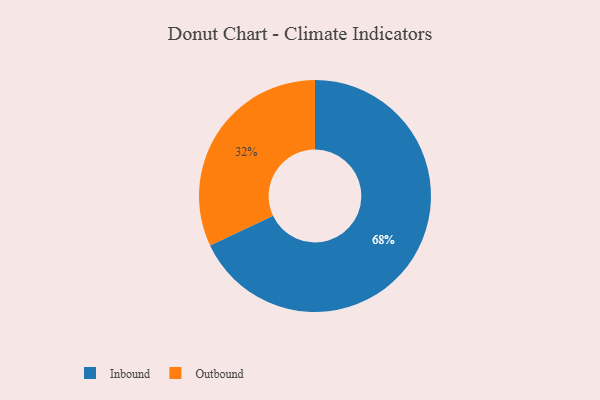
{"axis": {"x": "Category", "y": "Percentage"}, "legend": ["Inbound", "Outbound"], "data": [{"x": "Outbound", "y": 32, "type": "Outbound"}, {"x": "Inbound", "y": 68, "type": "Inbound"}]}